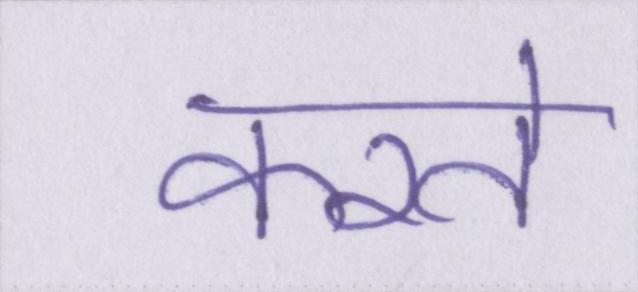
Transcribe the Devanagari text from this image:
करते